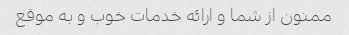
ممنون از شما و ارائه خدمات خوب و به موقع